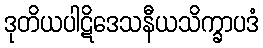
ဒုတိယပါဋိဒေသနီယသိက္ခာပဒံ